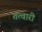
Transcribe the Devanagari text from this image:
तत्वारी